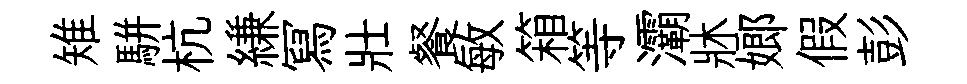
雉駢杭縑冩壯餐敏箱等灞牀嫏假彭